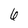
Character: 6